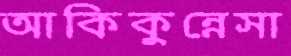
আকিকুন্নেসা